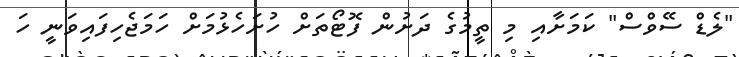
"ލެޑް ސޭވްސް" ކަމަށާއި މި ތީމުގެ ދަށުން ފޮޓޯތަށް ހުށަހެޅުމަށް ހަމަޖެހިފައިވަނީ ހަ